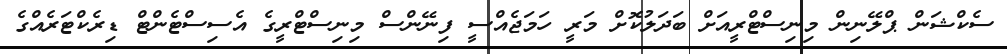
ސެކްޝަން ޕްލޭނިން މިނިސްޓްރީއަށް ބަދަލުކޮށް މަރީ ހަމަޖެއްސީ ފިނޭންސް މިނިސްޓްރީގެ އެސިސްޓެންޓް ޑިރެކްޓަރެއްގެ